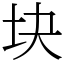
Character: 块